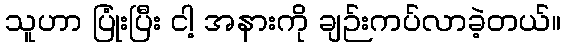
သူဟာ ပြုံးပြီး ငါ့ အနားကို ချဉ်းကပ်လာခဲ့တယ်။